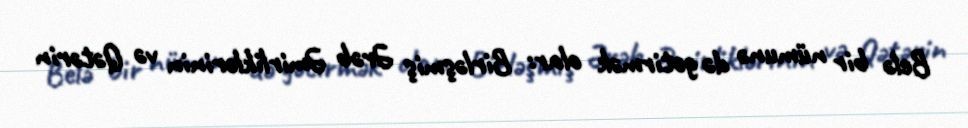
Belə bir nümunə də gətirmək olar: Birləşmiş Ərəb Əmirliklərinin və Qətərin